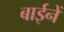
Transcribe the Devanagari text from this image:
बाईनें